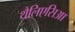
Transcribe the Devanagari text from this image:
थैलिएसिआ